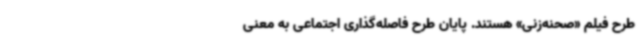
طرح فیلم «صحنه‌زنی» هستند. پایان‌ طرح فاصله‌گذاری اجتماعی به معنی